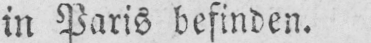
in Paris befinden.